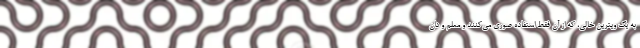
به یک ویترین خالی، که از آن فقط استفاده صوری می‌کنند و معلم و دان